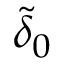
\widetilde { \delta } _ { 0 }